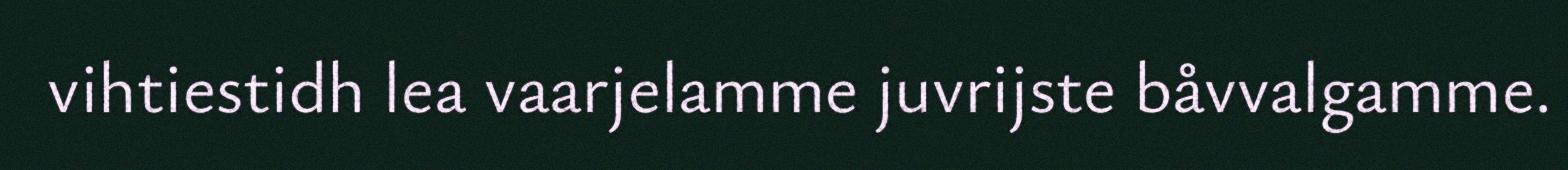
vihtiestidh lea vaarjelamme juvrijste båvvalgamme.